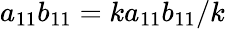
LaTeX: a_{11}b_{11}=ka_{11}b_{11}/k